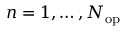
n = 1 , \dots , N _ { \mathrm { o p } }